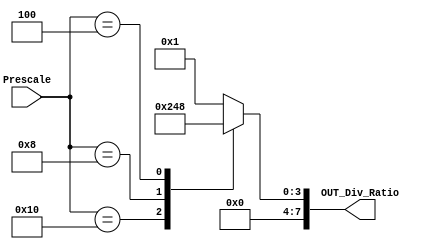

module CLKDIV_MUX #(parameter	RATIO_WIDTH	= 8)
(
	input		wire	[5:0]					Prescale,
	output		reg		[RATIO_WIDTH-1:0]		OUT_Div_Ratio
);



always@(*) begin
	case(Prescale)
	'd32 	: 	OUT_Div_Ratio = 'd1;
	'd16 	: 	OUT_Div_Ratio = 'd2;
	'd8 	: 	OUT_Div_Ratio = 'd4;
	'd4 	:  	OUT_Div_Ratio = 'd8;
	default : 	OUT_Div_Ratio = 'd1;

	endcase
end



endmodule